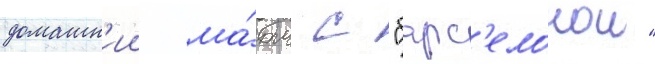
домашн'ии ма́тч с "барс'елонои"